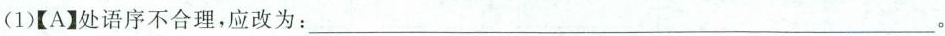
(1)【A】处语序不合理，应改为：___。